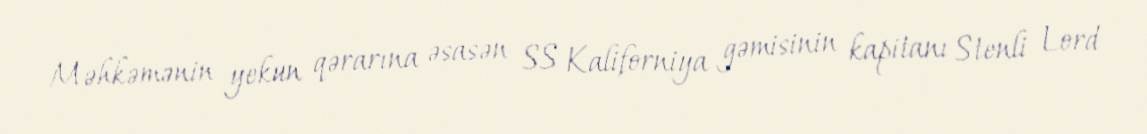
Məhkəmənin yekun qərarına əsasən SS Kaliforniya gəmisinin kapitanı Stenli Lord